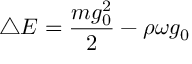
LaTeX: \bigtriangleup E = \frac { m g _ { 0 } ^ { 2 } } { 2 } - \rho \omega g _ { 0 }